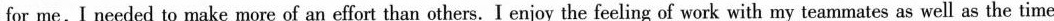
for me,Ineeded to make more of an effort than others. I enjoy the feeling of work with my teammates as well as the time